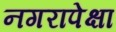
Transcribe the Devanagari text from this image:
नगरापेक्षा